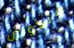
ستكونين